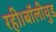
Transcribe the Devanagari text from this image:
रही।बॉलीवुड